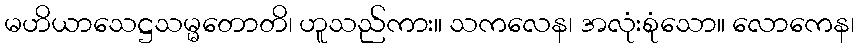
မဟိယာသေဋ္ဌသမ္မတောတိ၊ ဟူသည်ကား။ သကလေန၊ အလုံးစုံသော။ လောကေန၊